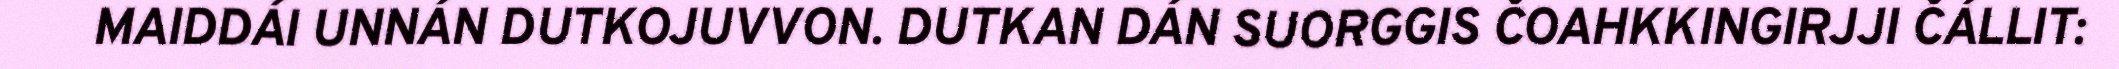
MAIDDÁI UNNÁN DUTKOJUVVON. DUTKAN DÁN SUORGGIS ČOAHKKINGIRJJI ČÁLLIT: